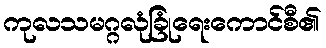
ကုလသမဂ္ဂလုံခြုံရေးကောင်စီ၏